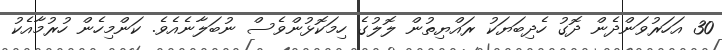
30 އަހަރުވަންދެން ދޮގު ހެދިބަޔަކު ރައްޔިތުން ލޮލުގެ ހިމަކޮޅުންވެސް ނުބަލާނެއެވެ. ކަންމިހެން ހުރުމާއެކު